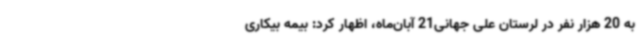
به 20 هزار نفر در لرستان علی جهانی21 آبان‌ماه، اظهار کرد: بیمه بیکاری